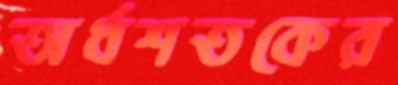
অর্ধশতকের